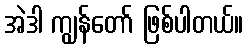
အဲဒါ ကျွန်တော် ဖြစ်ပါတယ်။